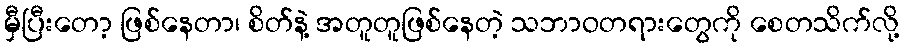
မှီပြီးတော့ ဖြစ်နေတာ၊ စိတ်နဲ့ အတူတူဖြစ်နေတဲ့ သဘာဝတရားတွေကို စေတသိက်လို့